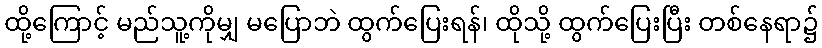
ထို့ကြောင့် မည်သူ့ကိုမျှ မပြောဘဲ ထွက်ပြေးရန်၊ ထိုသို့ ထွက်ပြေးပြီး တစ်နေရာ၌